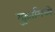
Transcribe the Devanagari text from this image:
मुहूर्तामध्ये